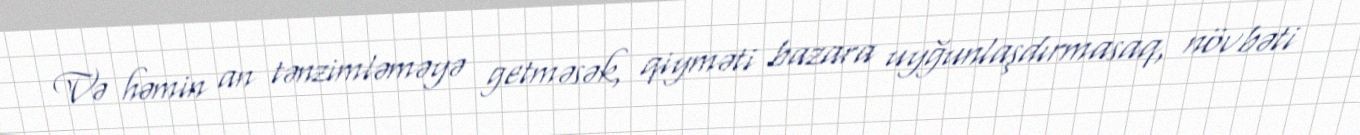
Və həmin an tənzimləməyə getməsək, qiyməti bazara uyğunlaşdırmasaq, növbəti